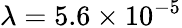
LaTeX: \lambda=5.6\times 10^{-5}